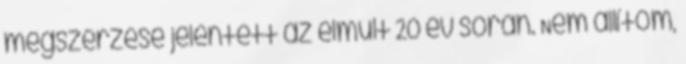
megszerzése jelentett az elmúlt 20 év során. Nem állítom,